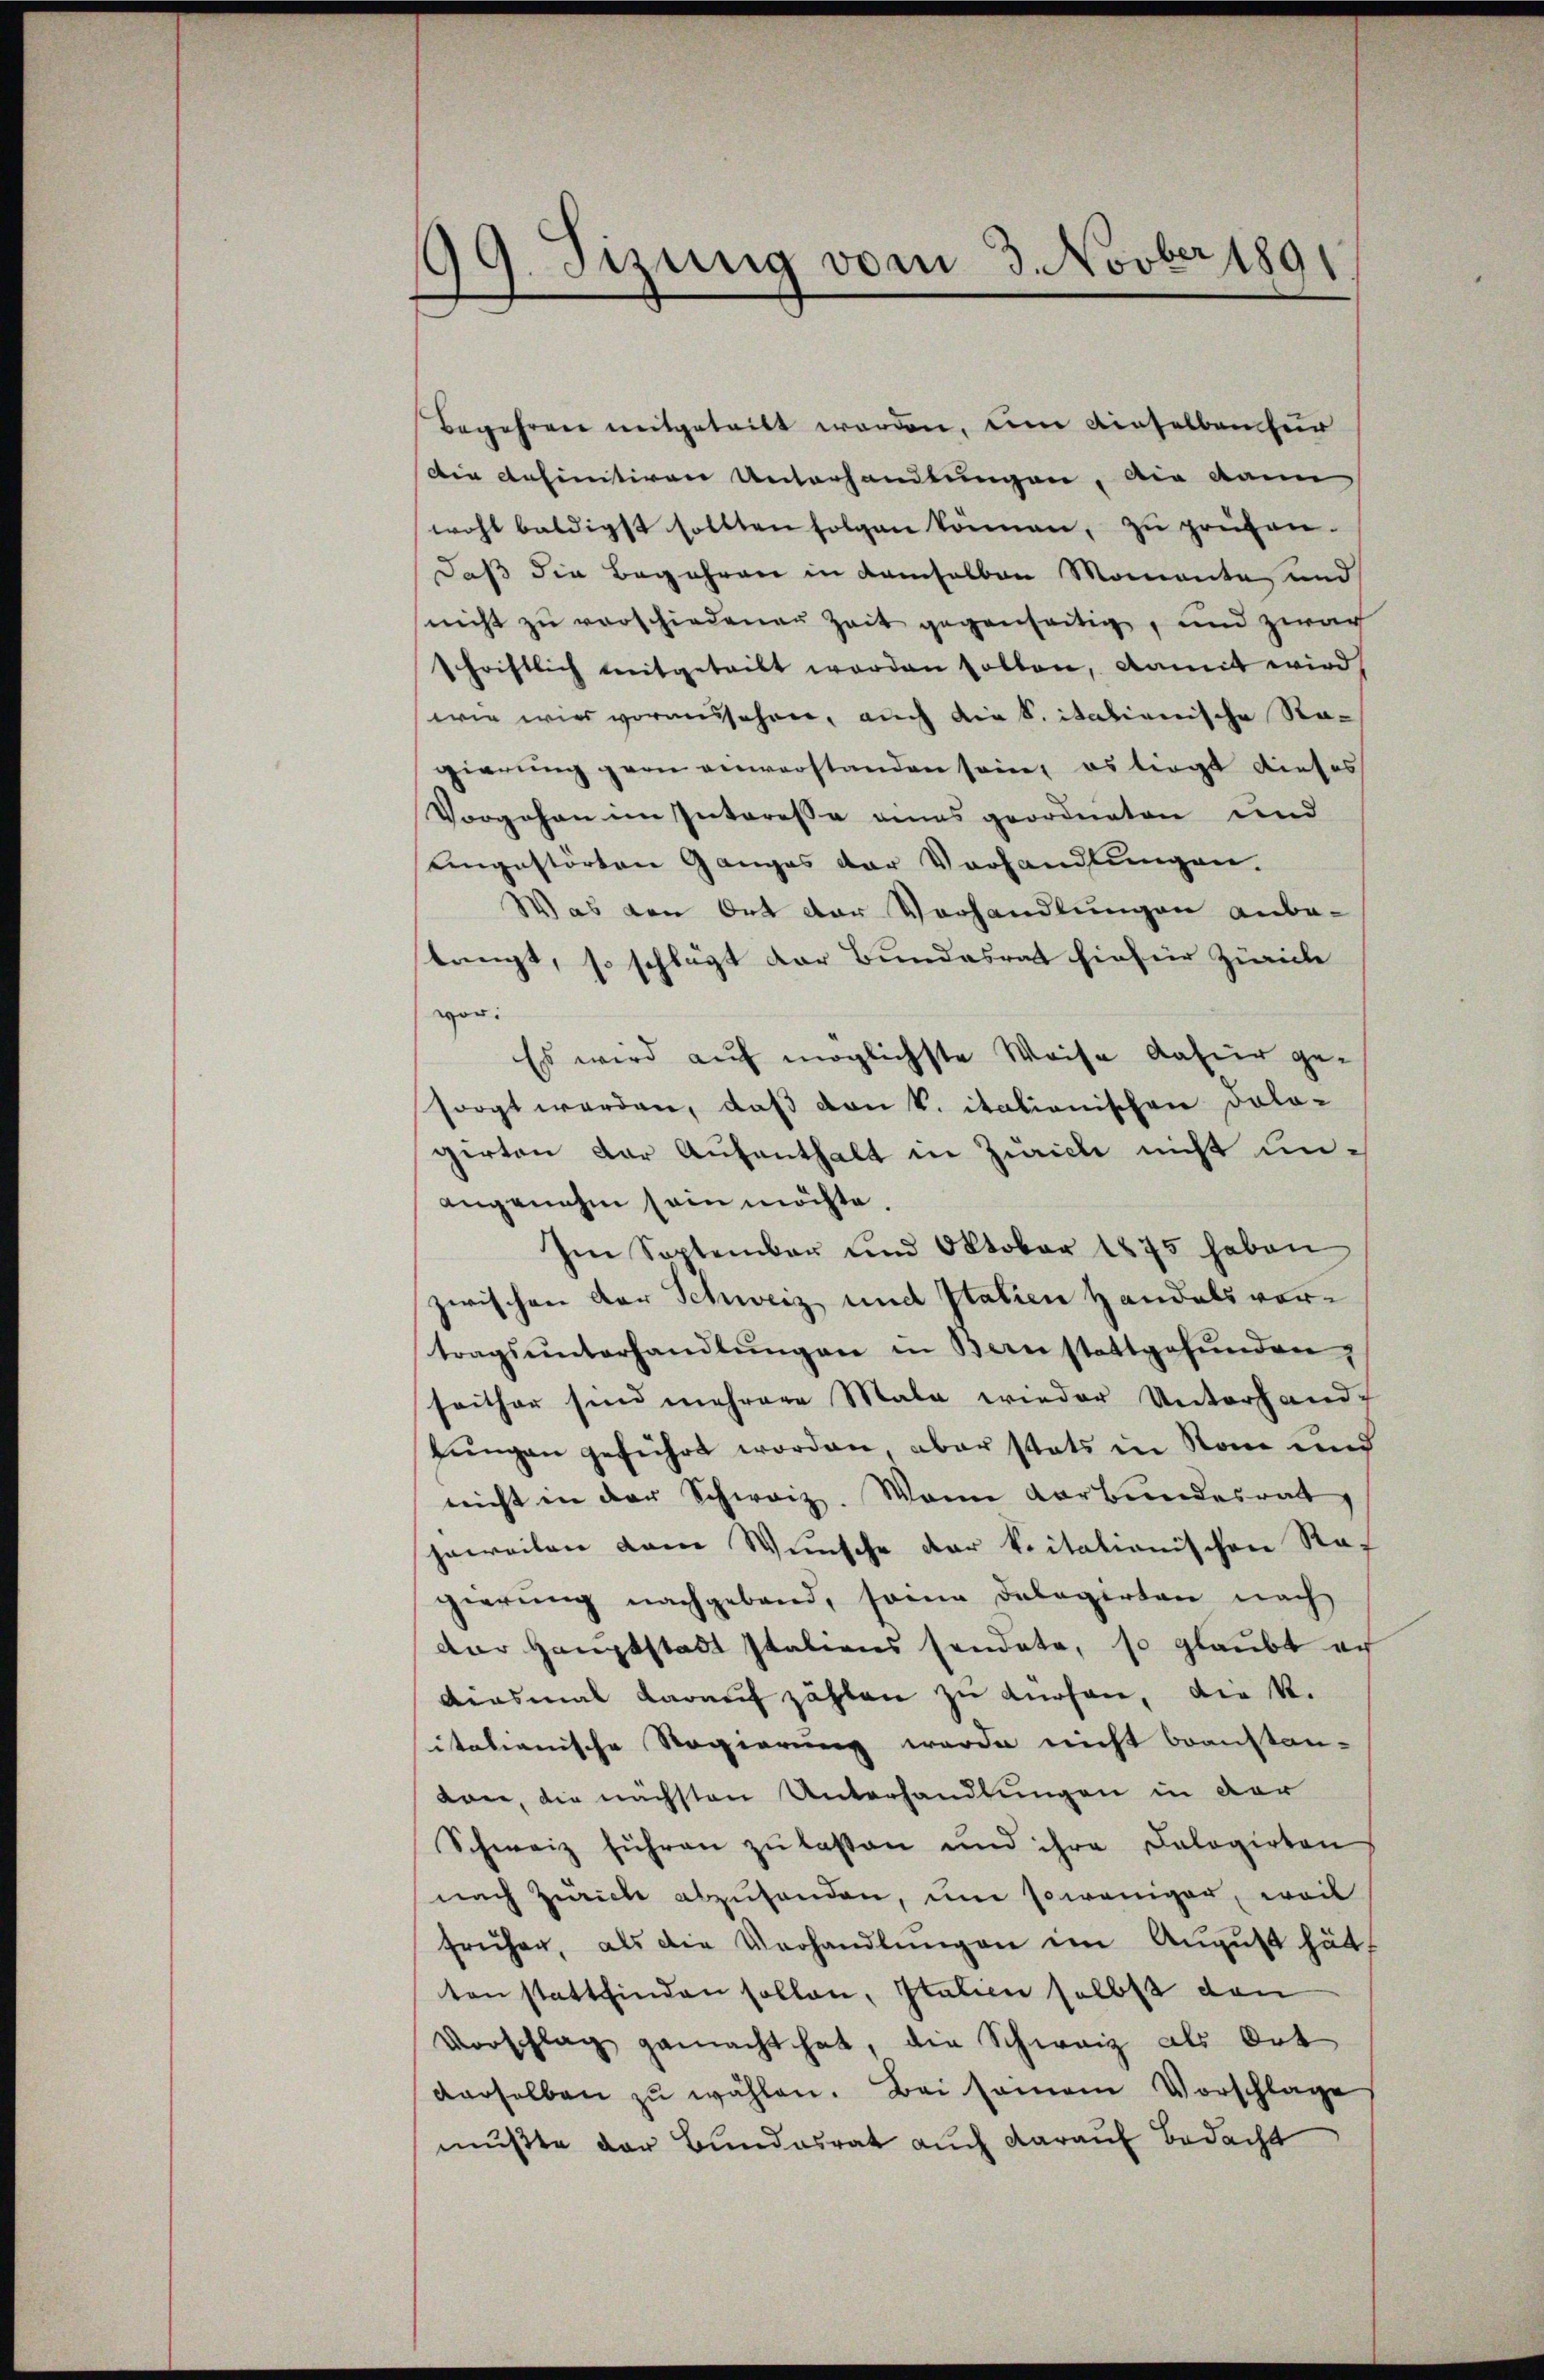
99. Sizung vom 3. Novber 1891

Begehren mitgetritt worden, eine Einselben für
Die definitiven Unterhandlungen, die dann
wohl baldigst sollten folgen können, zŭ prüfen.
daß die Begehren in demselben Momente und
nicht zŭ verschiedener Zeit gegenseitig, und zwar
schriftlich mitgeteilt worden sollen, damit wird,
wie wird voraussehen, auch die S. italienische Ragierung gern einverstanden sein, es liegt dieses
Vorgehen im Interesse eines geordneten und
Eingestörten Ganges der Vorhandlungen.
Was den Ort der Verhandlungen anbe-
tringt, so schlägt der Bundesrat hiefür Zürich
vor:
Es wird auf möglichste Weise dafür gesorgt werden, daß von k. itationischen Dolo-
girten der Aufenthalt in Zürich nicht unangenehm sein möchte.
Im September und Oktober 1875 haben
zwischen der Schweiz und Italien Handels vertragsŭnterhandlŭngen in Bern stattgefŭnden,
seither sind mehrere Mala wieder Unterhandjungen geführt worden, aber stats in Name und
nicht in der Schweiz. Wann verbundesrat
jeweilen dem Wunsche der kritationischen Raf
gierung nachgeband, seine Delegirten nach
der Hauptstadt statiens sendete, so glaubt er
diesmal darauf zählen zu dürfen, die k.
itationische Regierung werde nicht beanstan-
ton, die nächsten Unterhandlungen in der
Schweiz führen zu laßen und ihre Dologirten
nach Zürich abzuhanden, um soweniger, weil
früher, als die Verhandlŭngen im August hätt
ten stattfinden sollen, Italien selbst den
Vorschlag gemacht hat, die Schwarz als Ort
derselben zŭ wählen. Bei seinem Vorschlage
mußte der Bundesrat auch darauf Bedacht